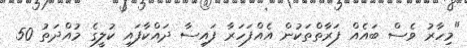
"މިހާރު ވެސް ބައެއް ފަރާތްތަކުން އެއްފަހަރާ ފައިސާ ދައްކާފައި ކުލީގެ މުއްދަތު 50